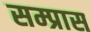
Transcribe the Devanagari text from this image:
सम्प्रास